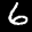
Label: 6